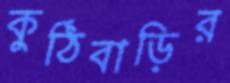
কুঠিবাড়ির